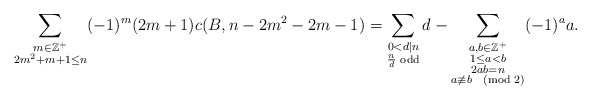
\begin{align*}\sum_{\substack{m\in \mathbb{Z}^+ \\ 2m^2+m+1 \leq n}} (-1)^m(2m+1)c(B, n-2m^2-2m-1)=\sum_{\substack{0<d|n \\ \frac{n}{d} \textrm{ odd}}} d-\sum_{\substack{a,b\in\mathbb{Z}^+ \\ 1\leq a < b \\2ab=n\\a \not\equiv b \pmod{2}}} (-1)^aa.\end{align*}